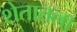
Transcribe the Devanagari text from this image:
शेतातला